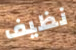
نظيف